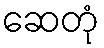
ဆေတုံ